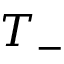
T _ { - }